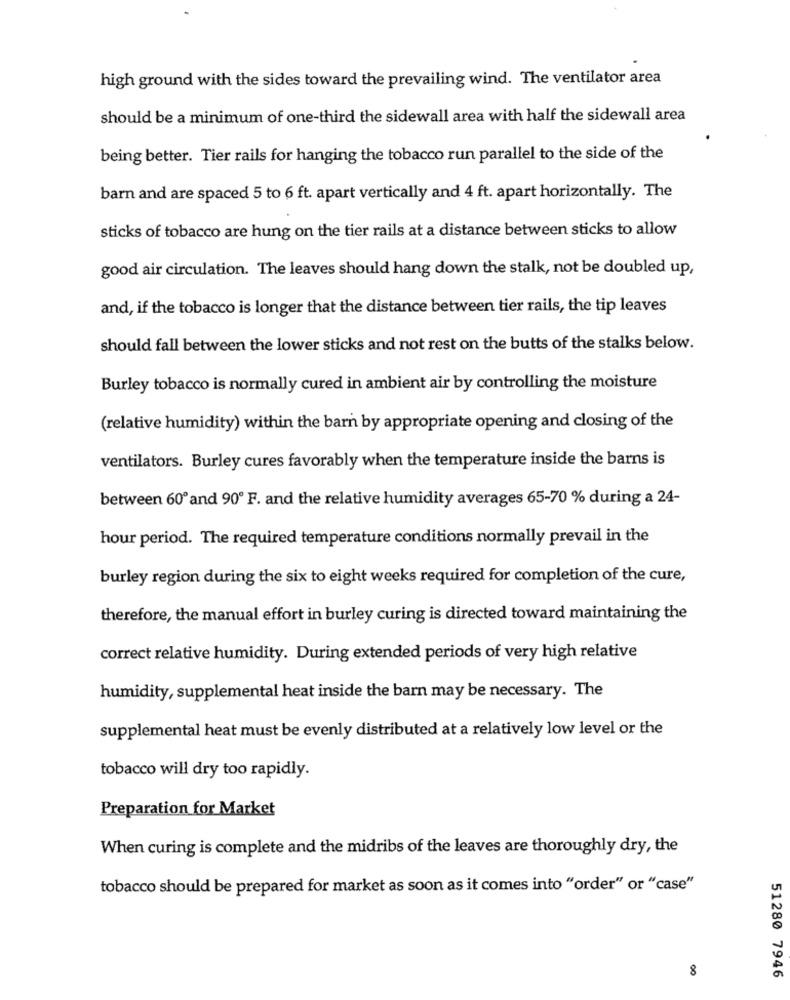
high ground with the sides toward the prevailing wind. The ventilator area
should be a minimum of one-third the sidewall area with half the sidewall area
being better. Tier rails for hanging the tobacco run parallel to the side of the
barn and are spaced 5 to 6 ft. apart vertically and 4 ft. apart horizontally. The
sticks of tobacco are hung on the tier rails at a distance between sticks to allow
good air circulation. The leaves should hang down the stalk, not be doubled up,
and, if the tobacco is longer that the distance between tier rails, the tip leaves
should fall between the lower sticks and not rest on the butts of the stalks below.
Burley tobacco is normally cured in ambient air by controlling the moisture
(relative humidity) within the barn by appropriate opening and closing of the
ventilators. Burley cures favorably when the temperature inside the barns is
between 60º and 90º F. and the relative humidity averages 65-70 % during a 24-
hour period. The required temperature conditions normally prevail in the
burley region during the six to eight weeks required for completion of the cure,
therefore, the manual effort in burley curing is directed toward maintaining the
correct relative humidity. During extended periods of very high relative
humidity, supplemental heat inside the barn may be necessary. The
supplemental heat must be evenly distributed at a relatively low level or the
tobacco will dry too rapidly.
Preparation for Market
When curing is complete and the midribs of the leaves are thoroughly dry, the
tobacco should be prepared for market as soon as it comes into "order" or "case"
8
51280 7946